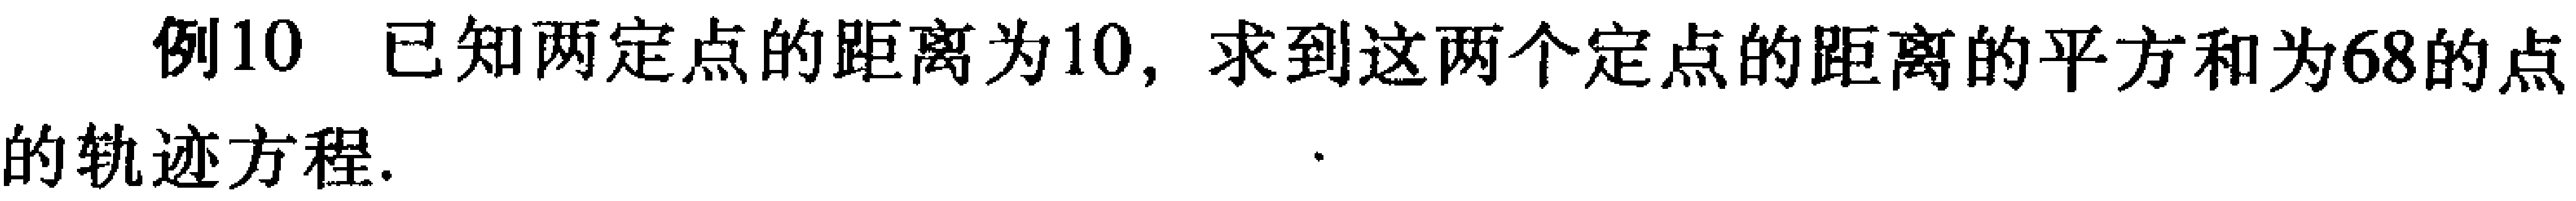
例10 已知两定点的距离为10，求到这两个定点的距离的平方和为68的点的轨迹方程.